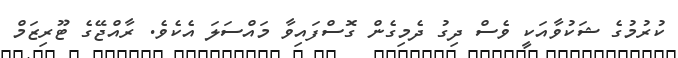
ކުރުމުގެ ޝަކުވާއަކީ ވެސް ދިގު ދެމިގެން ގޮސްފައިވާ މައްސަލަ އެކެވެ. ރާއްޖޭގެ ޓޫރިޒަމް